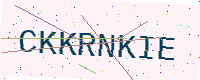
Text: CKKRNKIE